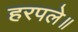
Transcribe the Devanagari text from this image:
हरपले॥